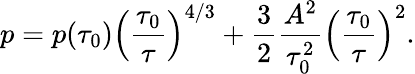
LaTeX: p=p(\tau_{0})\left(\frac{\tau_{0}}{\tau}\right)^{{4}/{3}}+\frac{3}{2}\frac{A^{2}}{\tau_{0}^{2}}\left(\frac{\tau_{0}}{\tau}\right)^{2}.